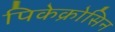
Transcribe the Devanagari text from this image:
पिकेक्रोसिन